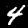
Label: 4